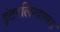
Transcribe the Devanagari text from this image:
इंटरलिंग्वासह